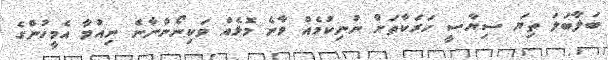
ބަލާބަލަ ތިޔަ ސިޔާސީ ހަރަކާތަށް ނުނިކުމެއް ވާނެ މޮޅެއް ވަކިނޯންނާނެ ނިއުމާ އެމީހުންގެ